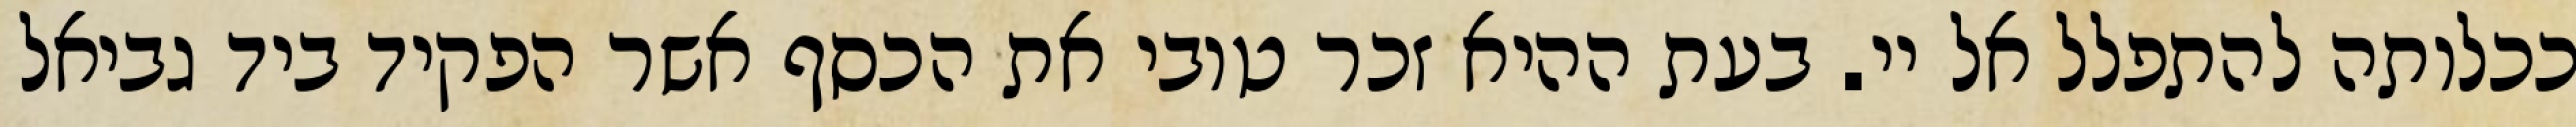
ככלותה להתפלל אל יי. בעת ההיא זכר טובי את הכסף אשר הפקיד ביד גביאל